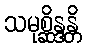
သမုစ္ဆိန္ဒန္တိ